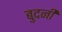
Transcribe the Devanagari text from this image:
बुदनी